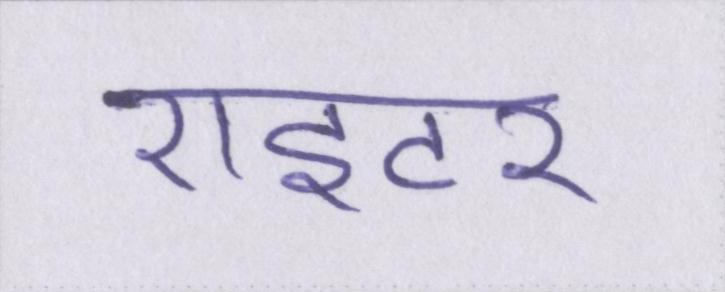
राइटर